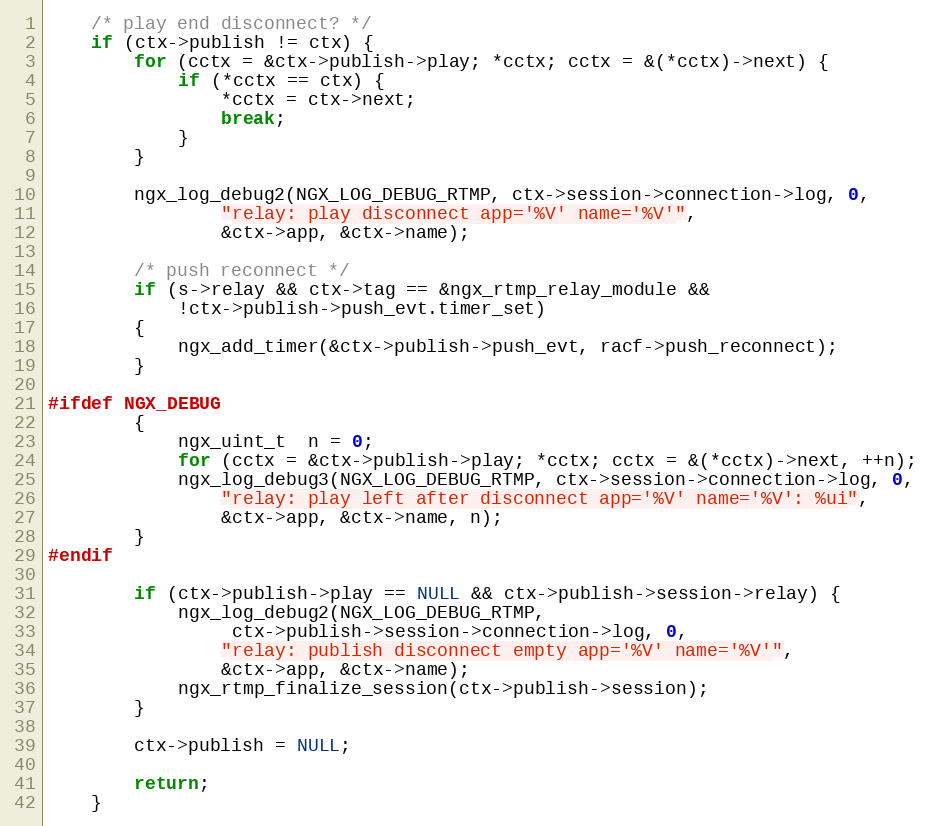
Language: C
    /* play end disconnect? */
    if (ctx->publish != ctx) {
        for (cctx = &ctx->publish->play; *cctx; cctx = &(*cctx)->next) {
            if (*cctx == ctx) {
                *cctx = ctx->next;
                break;
            }
        }

        ngx_log_debug2(NGX_LOG_DEBUG_RTMP, ctx->session->connection->log, 0,
                "relay: play disconnect app='%V' name='%V'",
                &ctx->app, &ctx->name);

        /* push reconnect */
        if (s->relay && ctx->tag == &ngx_rtmp_relay_module &&
            !ctx->publish->push_evt.timer_set)
        {
            ngx_add_timer(&ctx->publish->push_evt, racf->push_reconnect);
        }

#ifdef NGX_DEBUG
        {
            ngx_uint_t  n = 0;
            for (cctx = &ctx->publish->play; *cctx; cctx = &(*cctx)->next, ++n);
            ngx_log_debug3(NGX_LOG_DEBUG_RTMP, ctx->session->connection->log, 0,
                "relay: play left after disconnect app='%V' name='%V': %ui",
                &ctx->app, &ctx->name, n);
        }
#endif

        if (ctx->publish->play == NULL && ctx->publish->session->relay) {
            ngx_log_debug2(NGX_LOG_DEBUG_RTMP,
                 ctx->publish->session->connection->log, 0,
                "relay: publish disconnect empty app='%V' name='%V'",
                &ctx->app, &ctx->name);
            ngx_rtmp_finalize_session(ctx->publish->session);
        }

        ctx->publish = NULL;

        return;
    }